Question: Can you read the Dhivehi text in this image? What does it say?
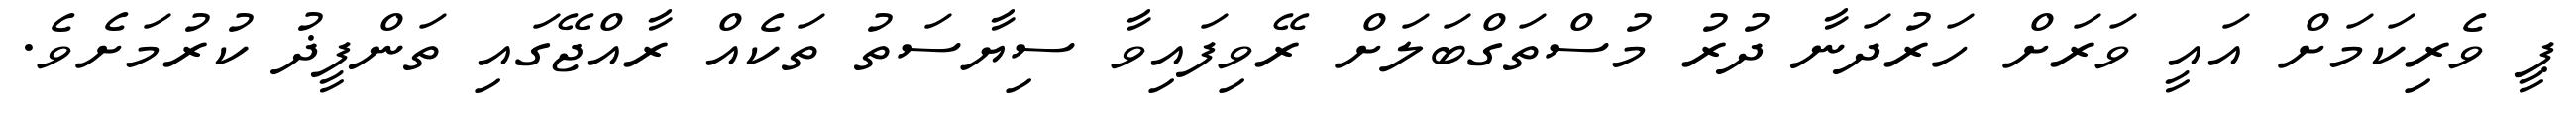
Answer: ޕީ ވެރިކަމަށް އައީ ވަރަށް ހަރުދަނާ ދުރު މުސްތަގްބަލަށް ރޭވިފައިވާ ސިޔާސަތު ތަކެއް ރާއްޖޭގައި ތަންފީޛު ކުރުމަށެވެ.